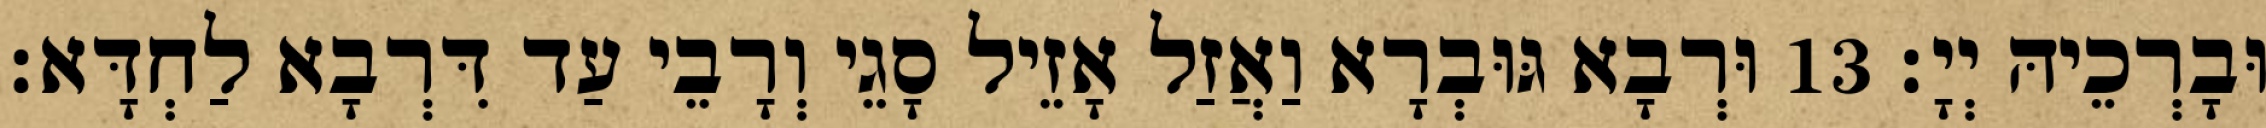
וּבָרְכֵיהּ יְיָ׃ 13 וּרְבָא גּוּבְרָא וַאֲזַל אָזֵיל סָגֵי וְרָבֵי עַד דִּרְבָא לַחְדָּא׃